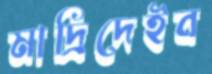
মাদ্রিদেইব